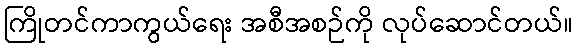
ကြိုတင်ကာကွယ်ရေး အစီအစဉ်ကို လုပ်ဆောင်တယ်။